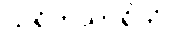
သရိတသာရိတံ